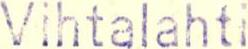
Vihtalahti